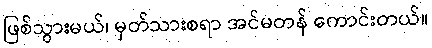
ဖြစ်သွားမယ်၊ မှတ်သားစရာ အင်မတန် ကောင်းတယ်။